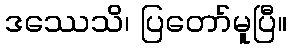
ဒဿေသိ၊ ပြတော်မူပြီ။